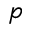
p